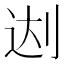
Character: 𰄬